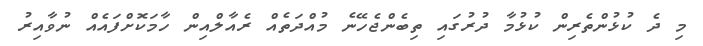
މި ދެ ކުޅުންތެރިން ކުޅުމާ ދުރުގައި ތިބެންޖެހޭނެ މުއްދަތެއް ރެއާލްއިން ހާމަކޮށްފައެއް ނުވާއިރު